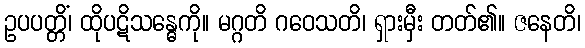
ဥပပတ္တိံ၊ ထိုပဋိသန္ဓေကို။ မဂ္ဂတိ ဂဝေသတိ၊ ရှားမှီး တတ်၏။ ဇနေတိ၊